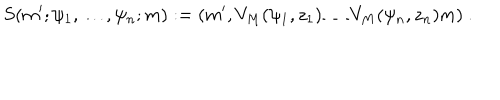
LaTeX: S ( m ^ { \prime } ; \psi _ { 1 } , \dots , \psi _ { n } ; m ) : = ( m ^ { \prime } , V _ { M } ( \psi _ { 1 } , z _ { 1 } ) \dots V _ { M } ( \psi _ { n } , z _ { n } ) m ) \ .